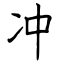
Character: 冲